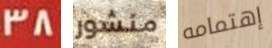
38 منشور إهتمامه